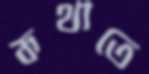
কথাতে